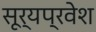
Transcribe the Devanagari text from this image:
सूर्यप्रवेश